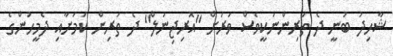
ޝާހިދު ބުނީ ދެ ތަރިންނަކީވެސް ވަރަށް "އޮރިޖިނަލް" ދެ ތަރިން ކަމަށާއި ދެމީހުންގެ